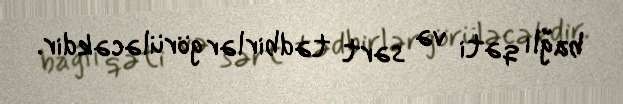
bağlı qəti və sərt tədbirlər görüləcəkdir.